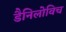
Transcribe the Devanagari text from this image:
डैनिलोविच